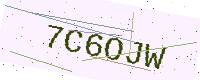
Text: 7C6OJW